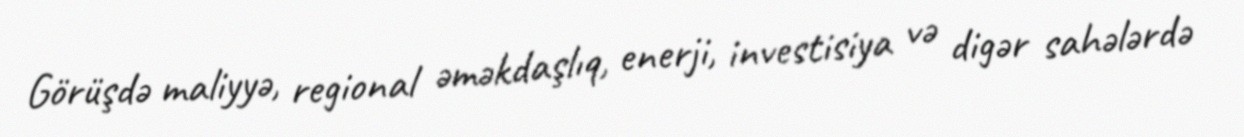
Görüşdə maliyyə, regional əməkdaşlıq, enerji, investisiya və digər sahələrdə